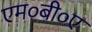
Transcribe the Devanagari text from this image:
एम०बी०ए